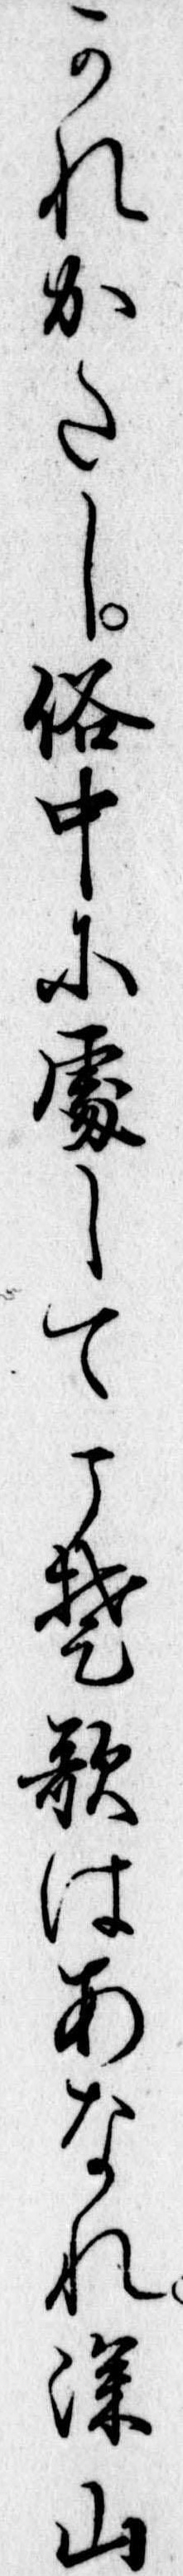
かれかたし俗中に処してこそ歌はあなれ深山